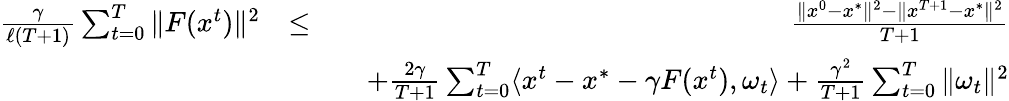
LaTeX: \begin{array}{rlr}{\frac{\gamma}{\ell(T+1)}\sum_{t=0}^{T}\| F(x^{t})\| ^{2}}&{\leq}&{\frac{\| x^{0}-x^{*}\| ^{2}-\| x^{T+1}-x^{*}\| ^{2}}{T+1}}\\ &{}&{\quad+\frac{2\gamma}{T+1}\sum_{t=0}^{T}\langle x^{t}-x^{*}-\gamma F(x^{t}),\omega_{t}\rangle+\frac{\gamma^{2}}{T+1}\sum_{t=0}^{T}\| \omega_{t}\| ^{2}}\end{array}